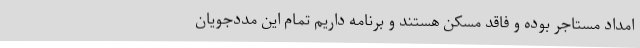
امداد مستاجر بوده و فاقد مسکن هستند و برنامه داریم تمام این مددجویان